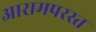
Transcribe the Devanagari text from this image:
आरामपरस्त